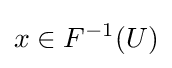
x\in F^{-1}(U)